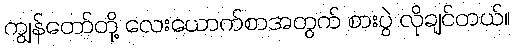
ကျွန်တော်တို့ လေးယောက်စာအတွက် စားပွဲ လိုချင်တယ်။